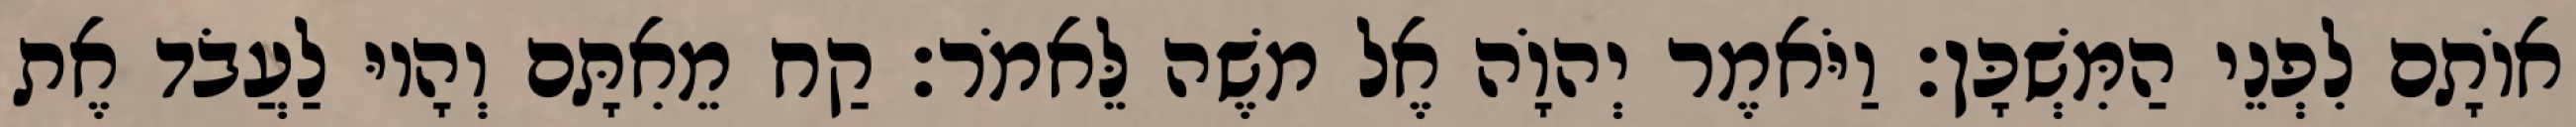
אוֹתָם לִפְנֵי הַמִּשְׁכָּן׃ וַיֹּאמֶר יְהוָֹה אֶל משֶׁה לֵּאמֹר׃ קַח מֵאִתָּם וְהָיוּ לַעֲבֹד אֶת